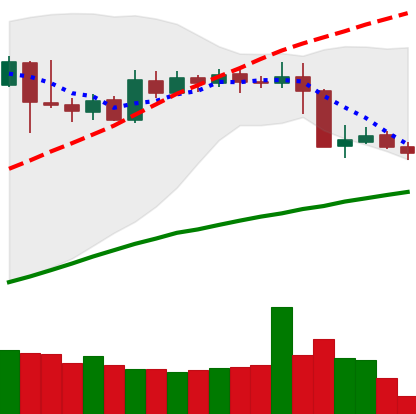
Ticker: XMR-USD
Chart end date: 2019-04-29
Forward return: 11.975%
Label: up_7plus